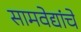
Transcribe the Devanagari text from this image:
सामवेद्यांचे